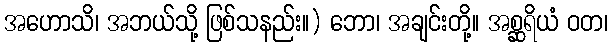
အဟောသိ၊ အဘယ်သို့ ဖြစ်သနည်း။) ဘော၊ အချင်းတို့။ အစ္ဆရိယံ ဝတ၊